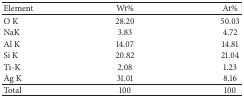
<table><thead><tr><td><b>Element</b></td><td><b>Wt%</b></td><td><b>At%</b></td></tr></thead><tbody><tr><td>O K</td><td>28.20</td><td>50.03</td></tr><tr><td>NaK</td><td>3.83</td><td>4.72</td></tr><tr><td>Al K</td><td>14.07</td><td>14.81</td></tr><tr><td>Si K</td><td>20.82</td><td>21.04</td></tr><tr><td>Ti-K</td><td>2.08</td><td>1.23</td></tr><tr><td>Ag K</td><td>31.01</td><td>8.16</td></tr><tr><td>Total</td><td>100</td><td>100</td></tr></tbody></table>